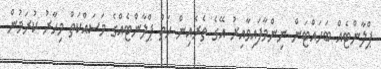
ޕްލާންޓެއް ބަހައްޓަން ނިންމާފައިވާއިރު އޭގެ ތެރެއިން ހަތް ޕްލާންޓެއްގެ މަސައްކަތް މިހާރު ކުރަމުން